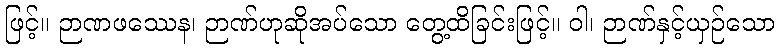
ဖြင့်။ ဉာဏဖဿေန၊ ဉာဏ်ဟုဆိုအပ်သော တွေ့ထိခြင်းဖြင့်။ ဝါ၊ ဉာဏ်နှင့်ယှဉ်သော